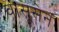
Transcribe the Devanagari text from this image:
वासूसेन